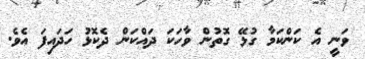
ވަނީ އެ ކަންކަމާ ގުޅޭ ގޮތުން ވާހަކަ ދައްކަން ދެކޮޅު ހަދައިފަ އެވެ.